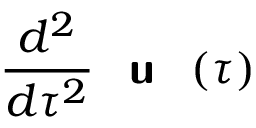
\frac { d ^ { 2 } } { d \tau ^ { 2 } } { \textbf { \textsf { u } } } ( \tau )